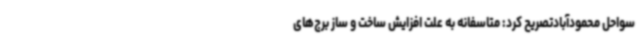
سواحل محمودآبادتصریح کرد: متاسفانه به علت افزایش ساخت و ساز برج‌های